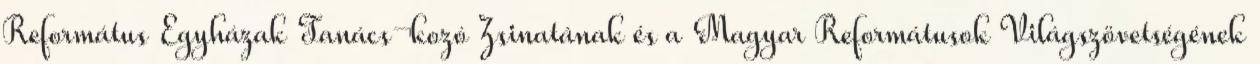
Református Egyházak Tanács¬kozó Zsinatának és a Magyar Reformátusok Világszövetségének